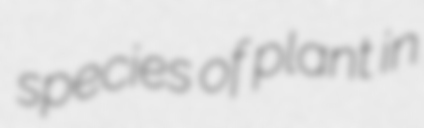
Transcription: species of plant in